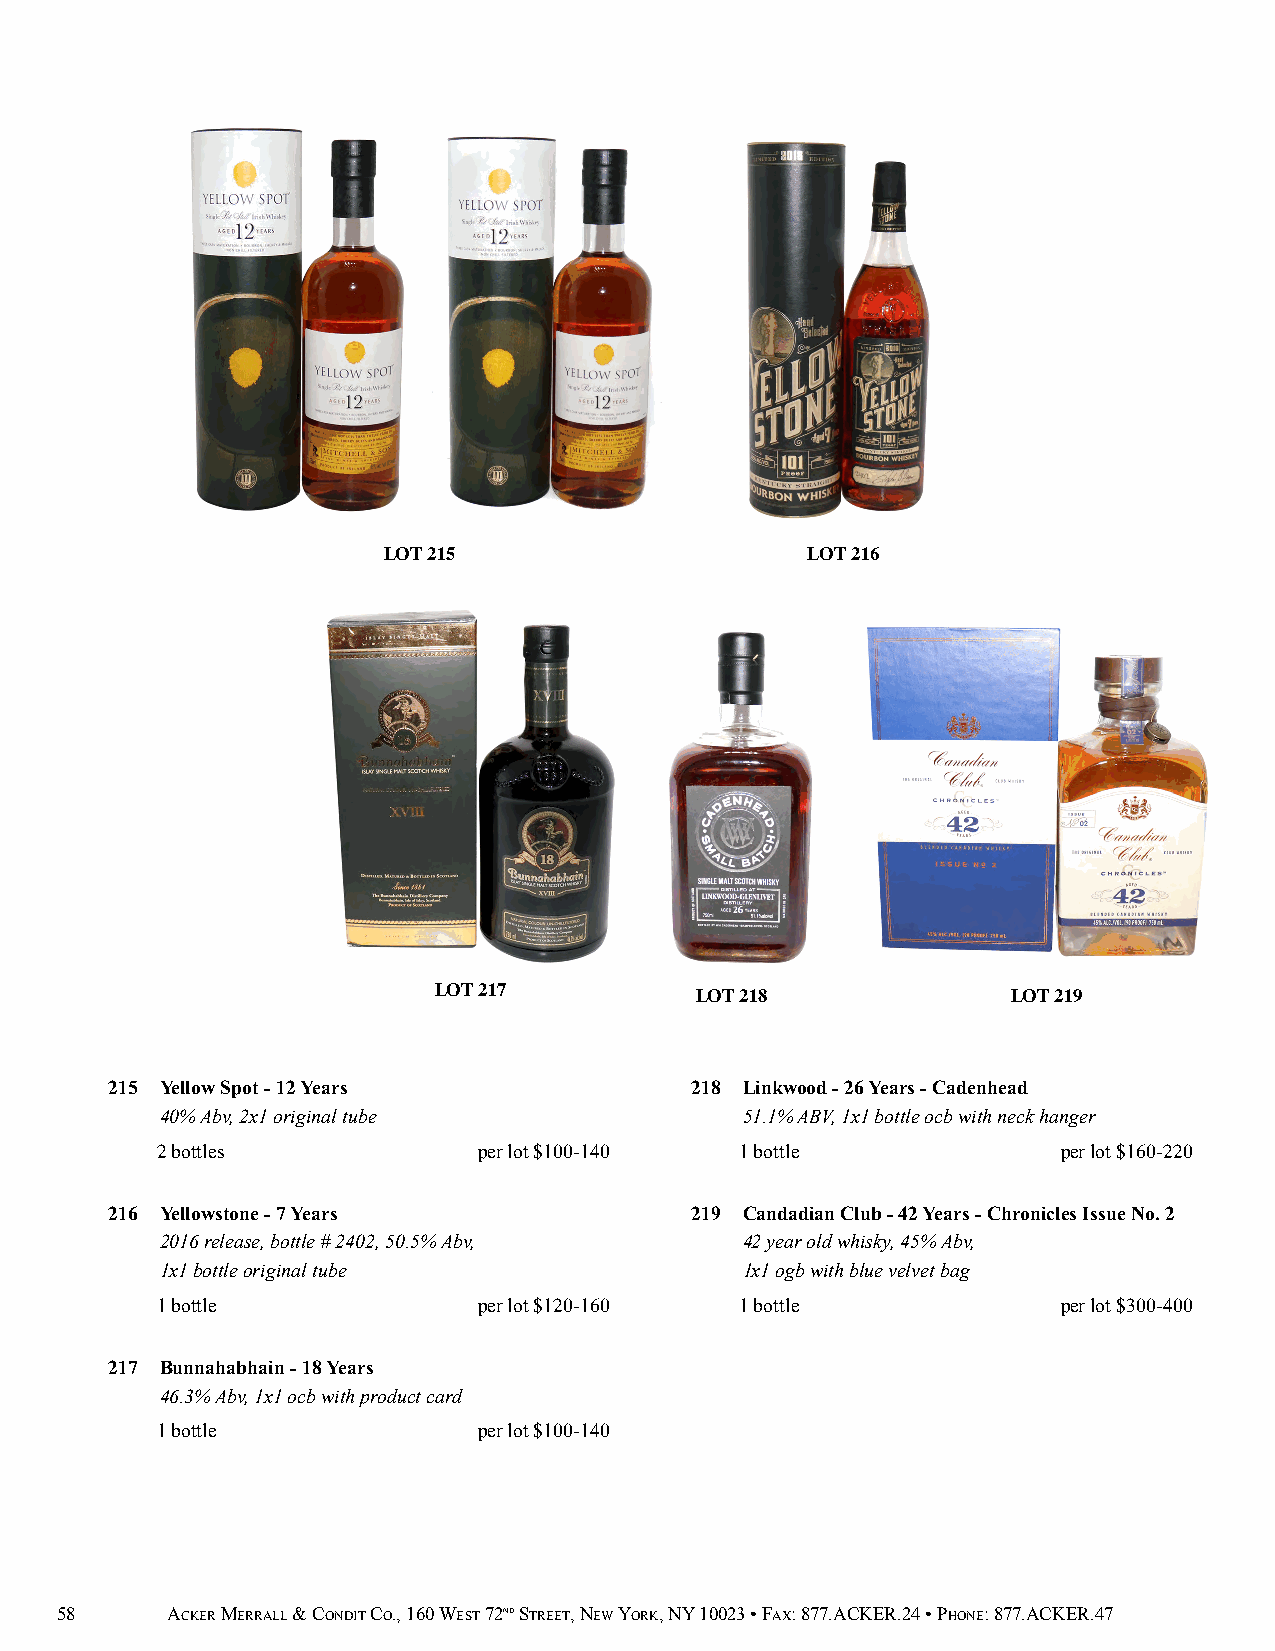
LOT 215                     LOT 216
 LOT 217          LOT 218              LOT 219
 215 Yellow Spot - 12 Years             218 Linkwood - 26 Years - Cadenhead
 40% Abv, 2x1 original tube            51.1% ABV, 1x1 bottle ocb with neck hanger
 2 bottles             per lot $100-140 1 bottle             per lot $160-220
 216 Yellowstone - 7 Years              219 Candadian Club - 42 Years - Chronicles Issue No. 2
 2016 release, bottle # 2402, 50.5% Abv, 42 year old whisky, 45% Abv,
 1x1 bottle original tube              1x1 ogb with blue velvet bag
 1 bottle              per lot $120-160 1 bottle             per lot $300-400
 217 Bunnahabhain - 18 Years
 46.3% Abv, 1x1 ocb with product card
 1 bottle              per lot $100-140
 58     ACKER MERRALL & CONDIT CO., 160 WEST 72ND STREET, NEW YORK, NY 10023 • FAX: 877.ACKER.24 • PHONE: 877.ACKER.47